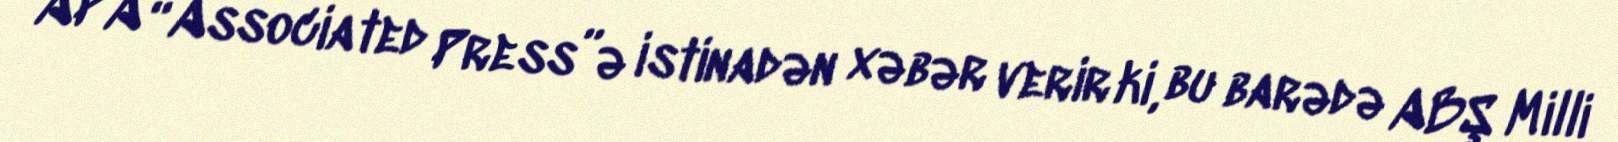
APA “Associated Press”ə istinadən xəbər verir ki, bu barədə ABŞ Milli